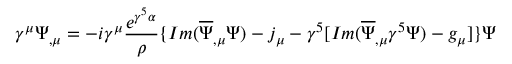
\gamma ^ { \mu } \Psi _ { , \mu } = - i \gamma ^ { \mu } \frac { e ^ { \gamma ^ { 5 } \alpha } } { \rho } \{ I m ( \overline { { { \Psi } } } _ { , \mu } \Psi ) - j _ { \mu } - \gamma ^ { 5 } [ I m ( \overline { { { \Psi } } } _ { , \mu } \gamma ^ { 5 } \Psi ) - g _ { \mu } ] \} \Psi